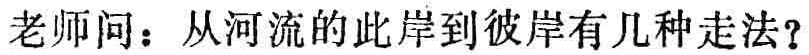
老师问：从河流的此岸到彼岸有几种走法？